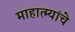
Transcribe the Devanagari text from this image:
माहात्म्यांचे